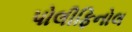
પોલીફિનોલ